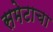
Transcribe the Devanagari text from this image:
समेटाचा